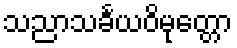
သညာသင်္ခယဝိမုတ္တော